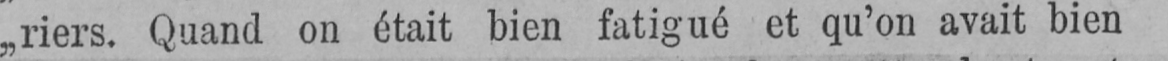
„riers. Quand on était bien fatigué et qu’on avait bien